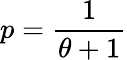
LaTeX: p=\frac{1}{\theta+1}